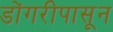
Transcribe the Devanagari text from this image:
डोंगरीपासून